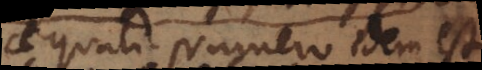
aequali Numero idem est,